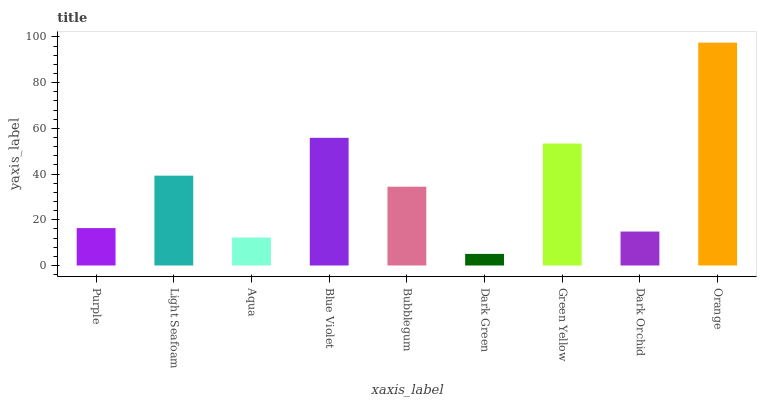
| xaxis_label | bars |
 | --- | --- |
 | Purple | 16.4 |
 | Light Seafoam | 39.3 |
 | Aqua | 12.2 |
 | Blue Violet | 55.9 |
 | Bubblegum | 34.5 |
 | Dark Green | 5.08 |
 | Green Yellow | 53.3 |
 | Dark Orchid | 14.8 |
 | Orange | 97.5 |